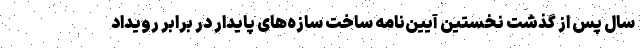
سال پس از گذشت نخستین آیین‌نامه ساخت سازه‌های پایدار در برابر رویداد